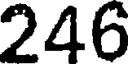
246